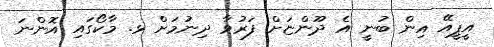
އީޕީއޭ އިން ބުނީ އެ ދޫންޏަށް ފަރުވާ ދިނުމަށް ޅ. މާކޯގައި އޮންނަ